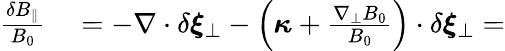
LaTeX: \begin{array}{r}{\begin{array}{rl}{\frac{\delta B_{\parallel}}{B_{0}}}&{{}=-\nabla\cdot\delta\boldsymbol{\xi}_{\perp}-\left(\boldsymbol{\kappa}+\frac{\nabla_{\perp}B_{0}}{B_{0}}\right)\cdot\delta\boldsymbol{\xi}_{\perp}=}\end{array}}\end{array}